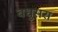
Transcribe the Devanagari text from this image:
बधुसरा